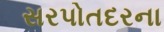
સરપોતદરના